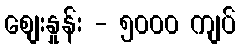
စျေးနှုန်း - ၅၀၀၀ ကျပ်